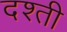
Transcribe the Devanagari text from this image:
दश्ती